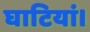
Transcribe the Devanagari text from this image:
घाटियां।